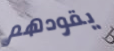
يقودهم